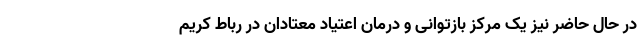
در حال حاضر نیز یک مرکز بازتوانی و درمان اعتیاد معتادان در رباط کریم